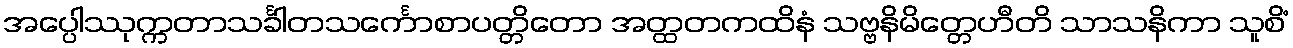
အပ္ပေါဿုက္ကတာသင်္ခါတသင်္ကောစာပတ္တိတော အတ္ထတကထိနံ သဗ္ဗနိမိတ္တေဟီတိ သာသနိကာ သူစိံ